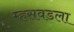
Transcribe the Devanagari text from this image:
म्हसवडला